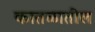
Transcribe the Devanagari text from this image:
कातळातील